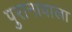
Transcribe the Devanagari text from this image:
पुरानावाला